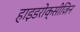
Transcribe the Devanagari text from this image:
हाइडरोक्सीज़िन